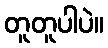
တူတူပါပဲ။